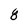
Character: 8